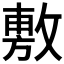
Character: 𢾾